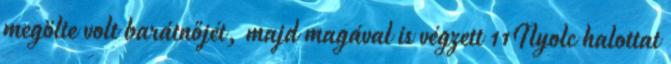
megölte volt barátnőjét, majd magával is végzett 11Nyolc halottat